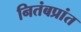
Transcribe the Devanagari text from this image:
नितंबप्रांत